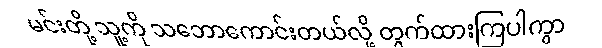
မင်းတို့ သူ့ကို သဘောကောင်းတယ်လို့ တွက်ထားကြပါကွာ